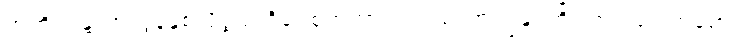
အဘိက္ကန္တံ၊ အလွန်နှစ်လိုဖွယ် ရှိပေစွတကား။ ပ။ မံ၊ အကျွန်ုပ်ကို။ ဘဝံ ဂေါတမော၊